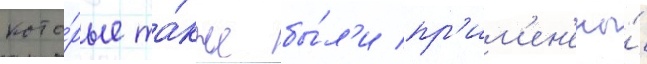
кото́рые та́кже бы́л'и пр'им'ен'ены́